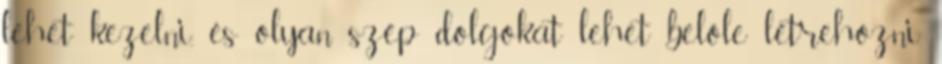
lehet kezelni, és olyan szép dolgokat lehet belőle létrehozni.